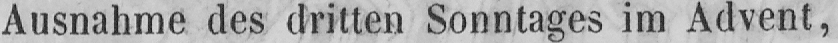
Ausnahme des dritten Sonntages im Advent,